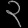
Digit: ၃